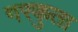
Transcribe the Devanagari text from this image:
गरकुता